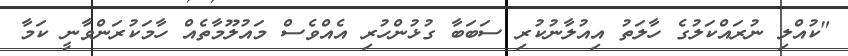
"ކުއްލި ނުރައްކަލުގެ ހާލަތު އިއުލާނުކުރި ސަބަބާ ގުޅުންހުރި އެއްވެސް މައުލޫމާތެއް ހާމަކުރަންވާނީ ކަމާ